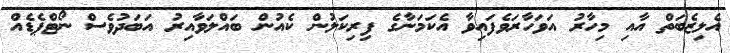
އެލިޒެބަތް އާއި މިހާރު އަވަހާރަވެފައިވާ އެކަމަނާގެ ފިރިކަލުން ކެއުން ބައްލަވާއިރު އަބަދުވެސް ނޯޓްޕެޑެއް